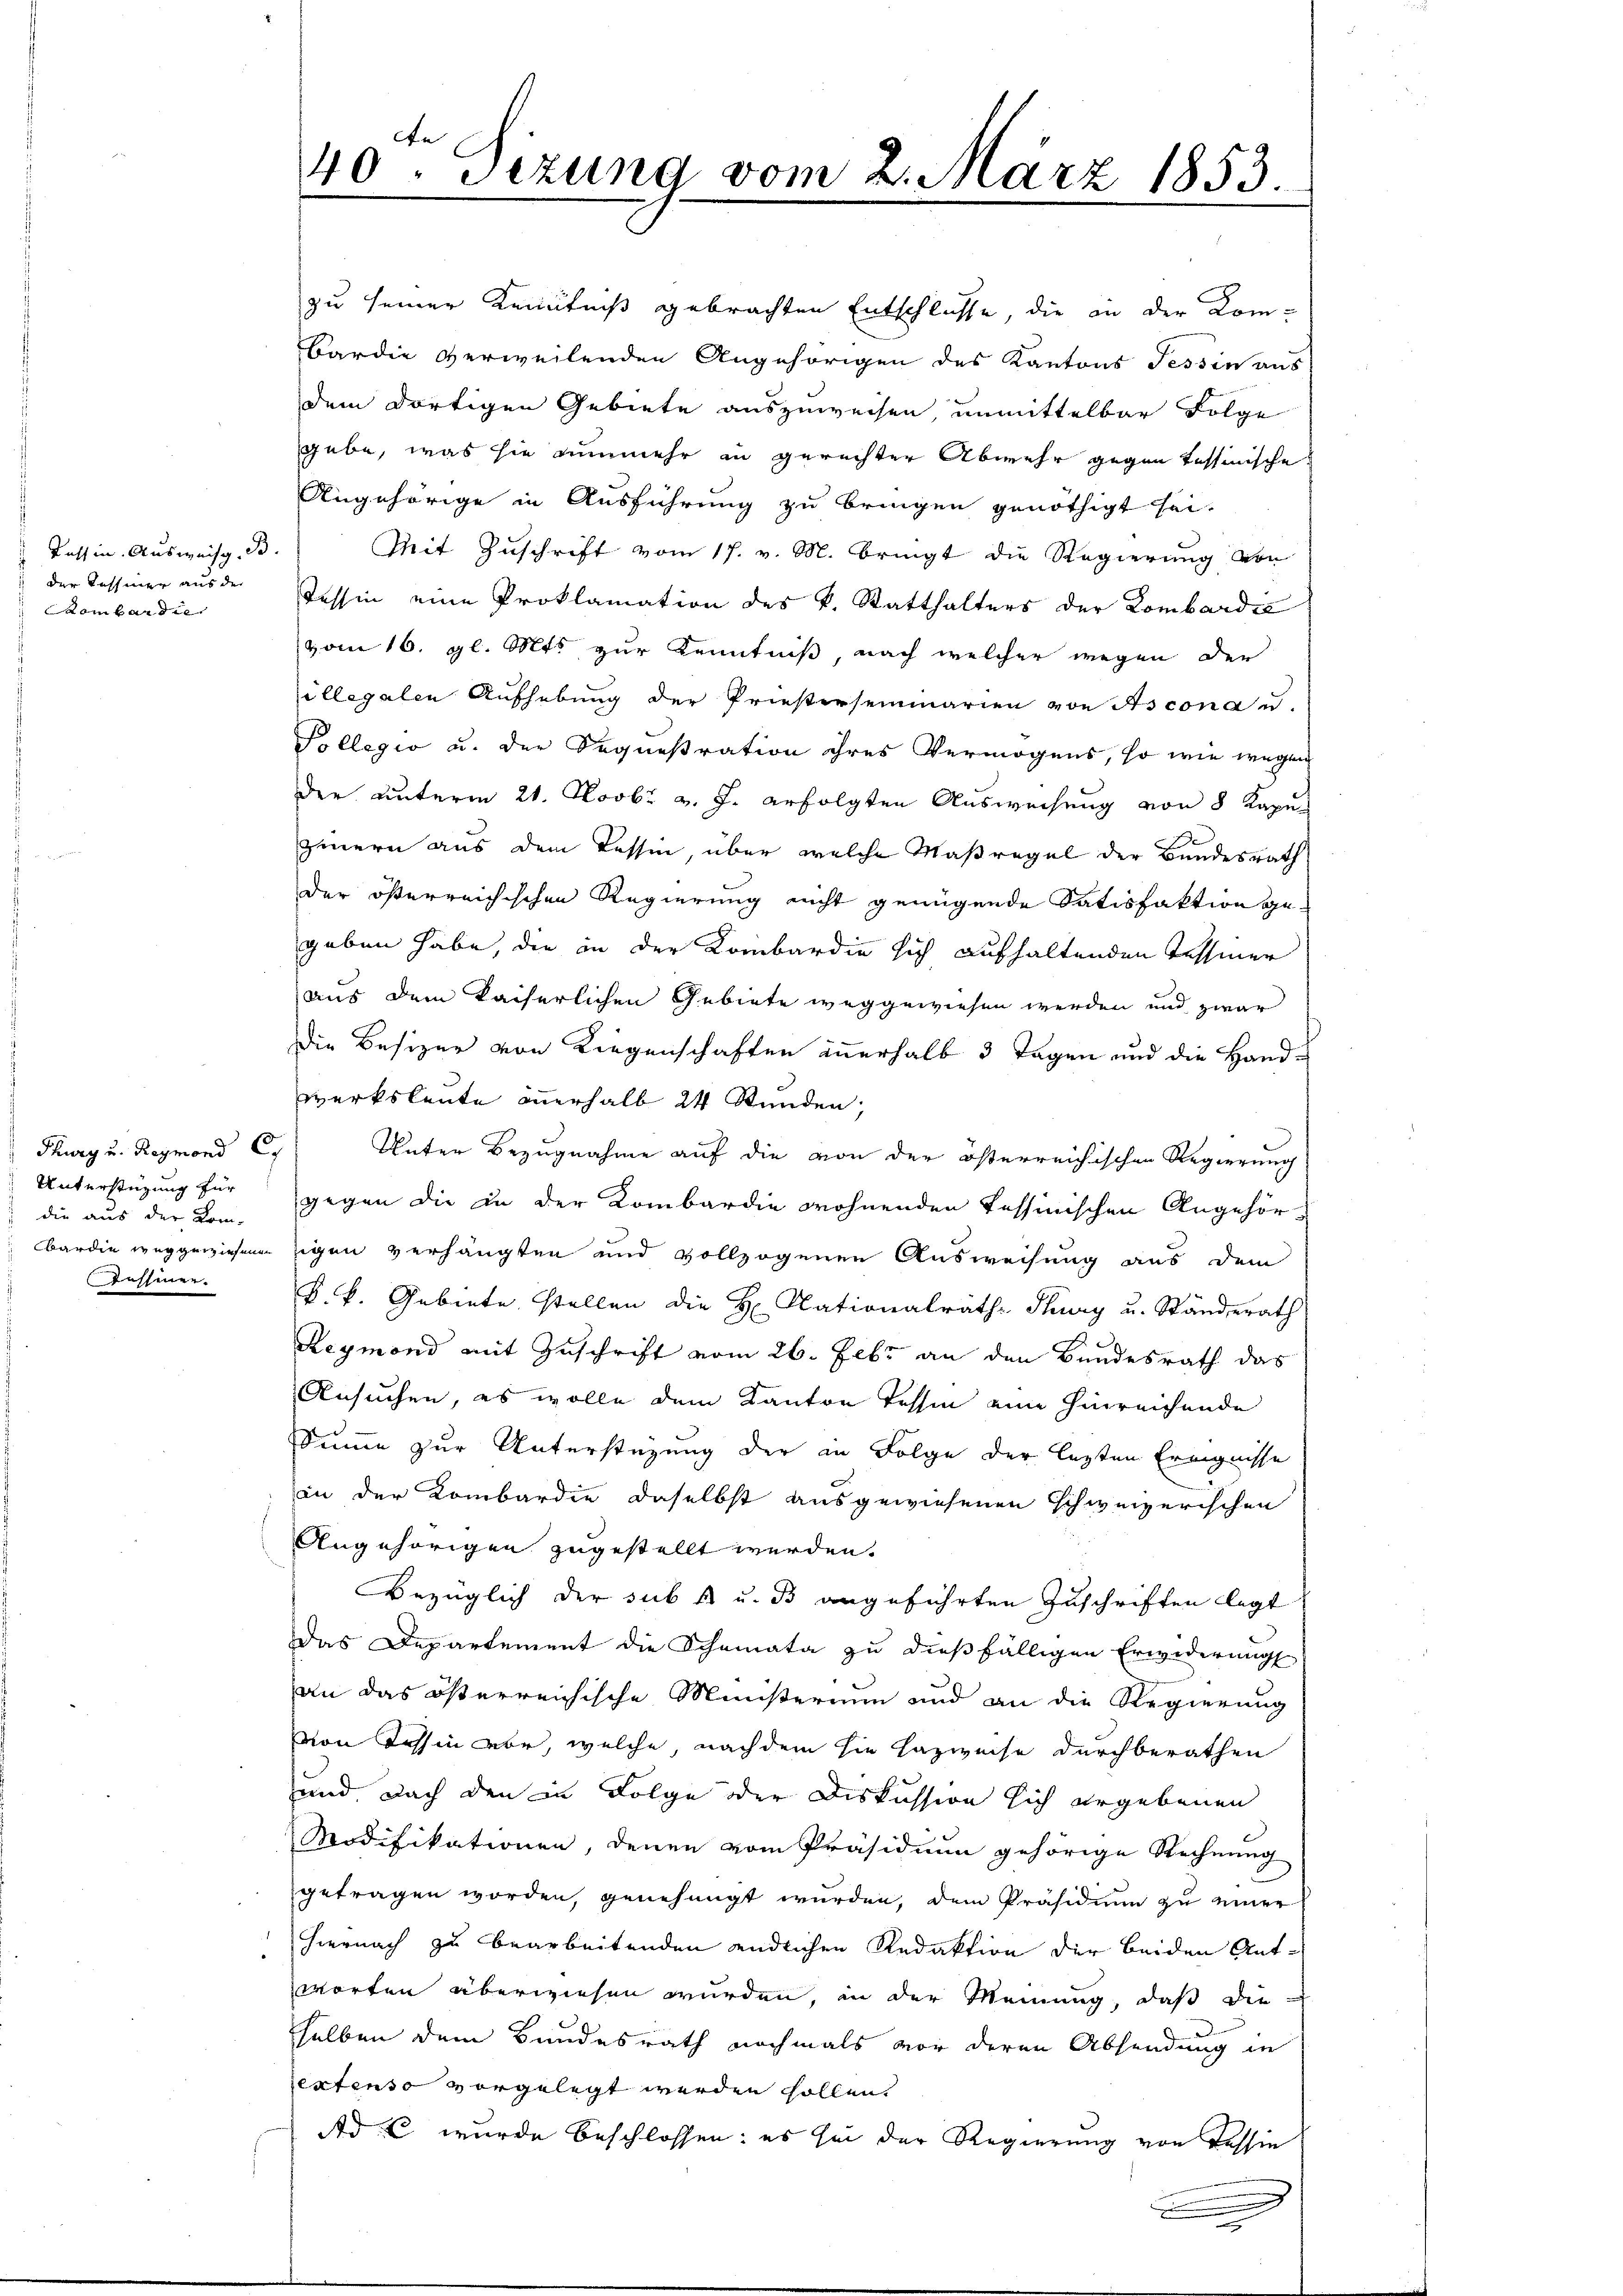
Tessin. Ausweis. B.
der Taffiner aus der
 Bombardie

Thurg u. Reymond C.
Unterstützung für
die aus der Kom-
Zessinen.

zu seiner Kenntniß gebrachten Entschlüsse, die in der Kom-
Bardie verweilenden Angehörigen des Kantons Tessin aus
dem dortigen Gebiete auszuweisen, unmittelbar Folge
gebe, was sie nunmehr in gerechter Abwehr gegen Tessinische
Angehörige in Ausführung zu bringen genöthigt sei.
Mit Zuschrift vom 17. v. M. bringt die Regierung von
Tessin eine Proklamation des k. Statthalters der Lombardić
vom 16. gl. Mts zur Kenntniß, nach welcher wegen der
illegalen Aufhebung der Priestersammarien von Ascona u.
Pollegio u. der Sequestration ihres Vermögens, so wie wegen
der unterm 21. Novbr v. J. erfolgten Ausweisung von 8 Kape
Zeuern aus dem Tessin, über welche Maßregel der Bundesrath
der öfterreichischen Regierung nicht genügende Satisfaktion gegeben habe, die in der Kombardie sich aufhaltenden Tessiner
aus dem kaiserlichen Gebiete weggewiesen werden und zwar
Die Besizer von Liegenschaften innerhalb 3 Tagen und die Handwerksleute innerhalb 24 Stunden;
Unter Bezugnahme auf die von der österreichischen Regierung
gegen die in der Kombardie wohnenden Tessinischen Angehörbardie weggewiesenen Eigen verhängten und vollzogenen Ausweisung aus dem
k. k. Gebiete stellen die H. Nationalrath Thury u. Ständerath
Reymond mit Zuschrift vom 26. Febr an den Bundesrath das
Ansuchen, es wolle dem Kanton Tessin eine hinreichende
Summe zur Unterstüzung der in Folge der lezten Ereignisse
an der Kombardie daselbst ausgewiesenen Schweizerischen
Angehörigen zugestellt werden.
Bezüglich der subst u. 3 angeführten Zuschriften legt
Das Departement die Schemata zu dießfälligen Erwiderung
an das österreichische Ministerium und an die Regierung
von Tessin aber, welche, nachdem sie hazweise durchberathen
und nach den in Folge oder Diskussion sich ergebenen
Modifikationen, denen vom Präsidium gehörige Rechnung
getragen worden, genehmigt wurden, dem Präsidium zu einer
hiernach zu bearbeitenden endlichen Redaktion der beiden Antworten überwiesen wurden, in der Meinung, daß die
selben dem Bundesrath nochmals vor deren Absendung in
extenso vorgelegt werden sollen.
Ad C wurde beschlossen: es sei der Regierung von Tessin

40. Sezung vom 2. März 1853.
"

.